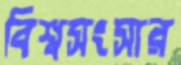
বিশ্বসংসার